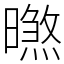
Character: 㬠